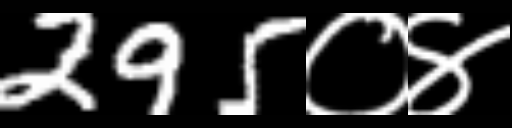
Text: 295०४